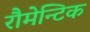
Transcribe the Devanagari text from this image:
रौमेन्टिक